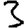
Digit: 3